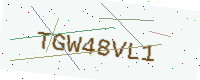
Text: TGW48VL1